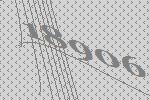
18906